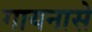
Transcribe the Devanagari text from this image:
गायनासे